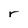
Character: r